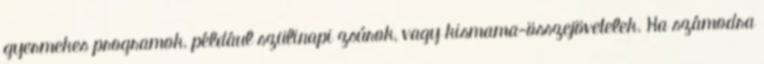
gyermekes programok, például szülinapi zsúrok, vagy kismama-összejövetelek. Ha számodra